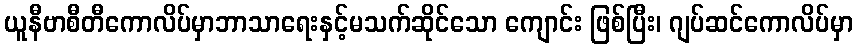
ယူနီဗာစီတီကောလိပ်မှာဘာသာရေးနှင့်မသက်ဆိုင်သော ကျောင်း ဖြစ်ပြီး၊ ဂျပ်ဆင်ကောလိပ်မှာ